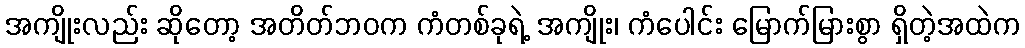
အကျိုးလည်း ဆိုတော့ အတိတ်ဘဝက ကံတစ်ခုရဲ့ အကျိုး၊ ကံပေါင်း မြောက်မြားစွာ ရှိတဲ့အထဲက